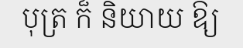
បុត្រ ក៏ និយាយ ឱ្យ